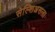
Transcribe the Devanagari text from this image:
सेल्शिअसला